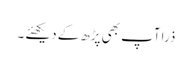
ذرا آپ بھی پڑھ کے دیکھئے ۔